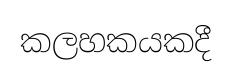
කලහකයකදී